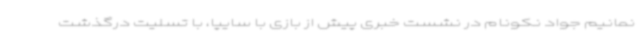
نمانیم جواد نکونام در نشست خبری پیش از بازی با سایپا، با تسلیت درگذشت